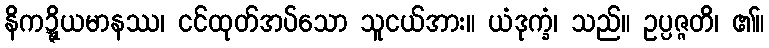
နိကဍ္ဍ္ဎိယမာနဿ၊ ငင်ထုတ်အပ်သော သူငယ်အား။ ယံဒုက္ခံ၊ သည်။ ဥပ္ပဇ္ဇတိ၊ ၏။